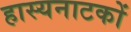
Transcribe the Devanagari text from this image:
हास्यनाटकों